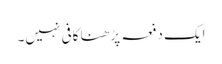
ایک دفعہ پڑھنا کافی نہیں۔